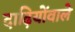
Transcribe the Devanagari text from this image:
दाढ़ियोंवाले